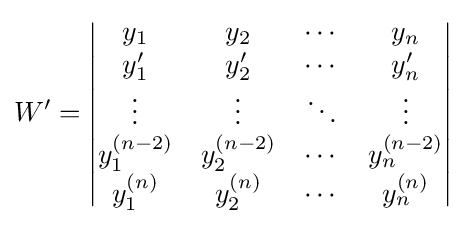
W'={\begin{vmatrix}y_{1}&y_{2}&\cdots &y_{n}\\y'_{1}&y'_{2}&\cdots &y'_{n}\\\vdots &\vdots &\ddots &\vdots \\y_{1}^{(n-2)}&y_{2}^{(n-2)}&\cdots &y_{n}^{(n-2)}\\y_{1}^{(n)}&y_{2}^{(n)}&\cdots &y_{n}^{(n)}\end{vmatrix}}